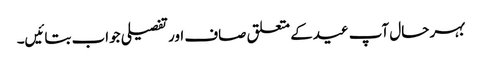
بہر حال آپ عیدکے متعلق صاف اور تفصیلی جواب بتائیں۔